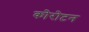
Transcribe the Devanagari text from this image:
कोरोटन